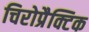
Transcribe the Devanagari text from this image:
चिरोप्रैक्टिक